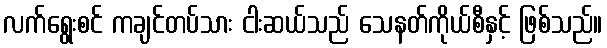
လက်ရွေးစင် ကချင်တပ်သား ငါးဆယ်သည် သေနတ်ကိုယ်စီနှင့် ဖြစ်သည်။